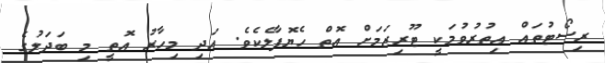
ރިސޯޓުތައް އިތުރުވުމަކީ ޓޫރިޒަމަށް އޮތް ހެޔޮފާލެކެވެ. އަދި މިހާރު އޮތީ މި ބަދަލުގެ